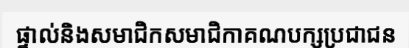
ផ្ទាល់និងសមាជិកសមាជិកាគណបក្សប្រជាជន